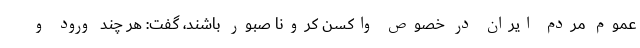
عموم مردم ایران در خصوص واکسن کرونا صبور باشند، گفت: هر چند ورود و